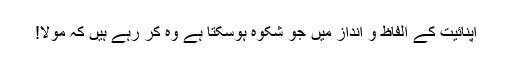
اپنائیت کے الفاظ و انداز میں جو شکوہ ہوسکتا ہے وہ کر رہے ہیں کہ مولا!